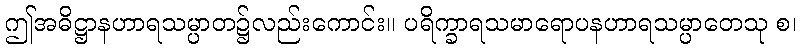
ဤအဓိဋ္ဌာနဟာရသမ္ပာတ၌လည်းကောင်း။ ပရိက္ခာရသမာရောပနဟာရသမ္ပာတေသု စ၊